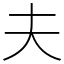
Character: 夫